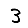
Digit: 3